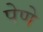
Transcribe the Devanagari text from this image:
पेणे